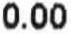
0.00